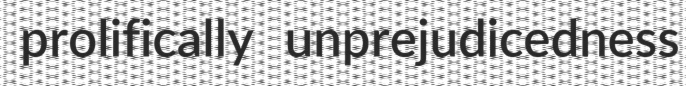
prolifically unprejudicedness